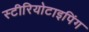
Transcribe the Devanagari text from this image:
स्टीरियोटाइपिंग